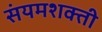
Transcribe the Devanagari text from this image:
संयमशक्ती